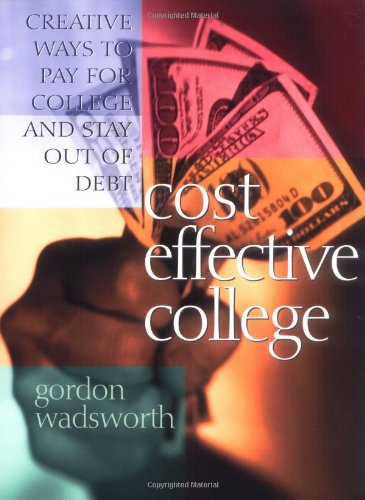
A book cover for Cost Effective College: Creative Ways to Pay for College and Stay Out of Debt; Gordon . Wadsworth; Business & Money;